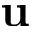
\textbf { u }